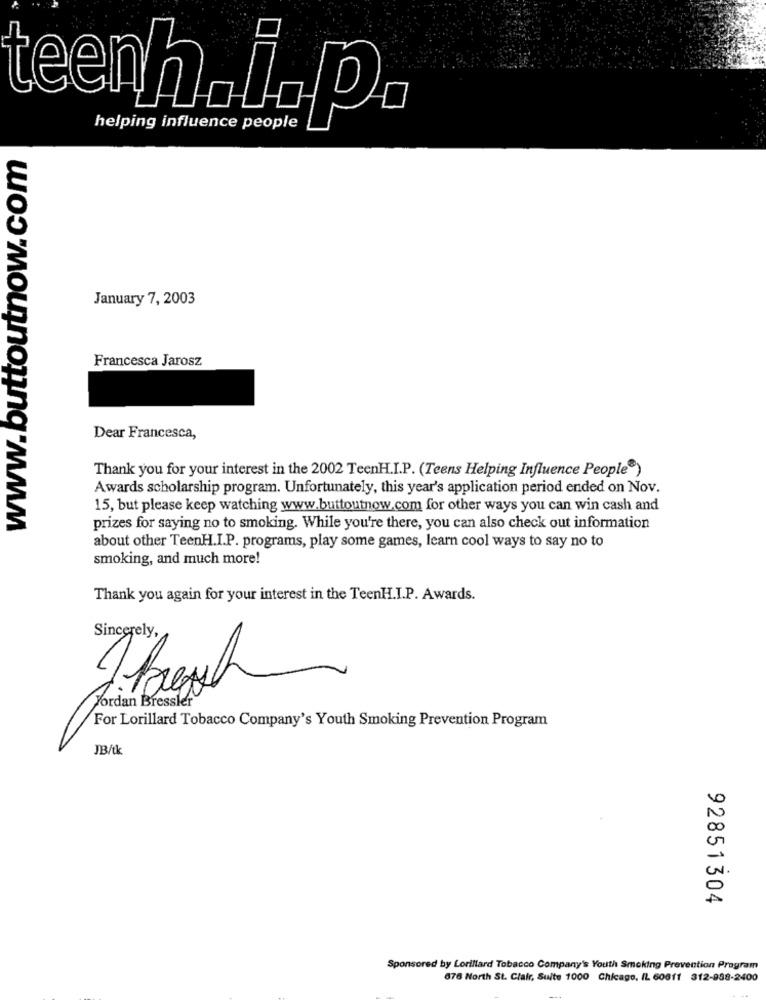
teenh.i.p.
helping influence people
www.buttoutnow.com
January 7, 2003
Francesca Jarosz
Dear Francesca,
Thank you for your interest in the 2002 TeenH.I.P. (Teens Helping Influence People")
Awards scholarship program. Unfortunately, this year's application period ended on Nov.
15, but please keep watching www.buttoutnow.com for other ways you can win cash and
prizes for saying no to smoking. While you're there, you can also check out information
about other TeenH.I.P. programs, play some games, learn cool ways to say no to
smoking, and much more!
Thank you again for your interest in the TeenH.I.P. Awards.
Jordan Bressler
For Lorillard Tobacco Company's Youth Smoking Prevention Program
JB/tk
CO
-
92851304
Sponsored by Lorillard Tobacco Company's Youth Smoking Prevention Program
676 North St. Clair, Suite 1000 Chicago, IL 60611 312-938-2400